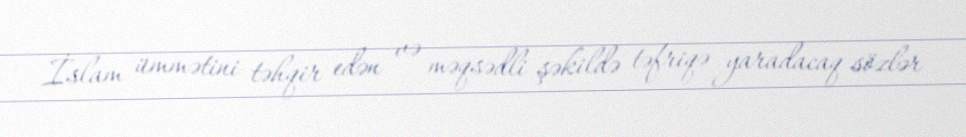
İslam ümmətini təhqir edən və məqsədli şəkildə təfriqə yaradacaq sözlər